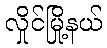
လှိုင်မြို့နယ်